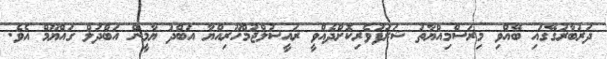
ދަރުބާރުގޭގައި ބޭއްވި މިރަސްމިއްޔާތު ޝަރަފުވެރިކޮށްދެއްވީ ރައީސުލްޖުމްހޫރިއްޔާ އަބްދު ޔާމީން އަބްދުލް ގައްޔޫމް އެވެ.